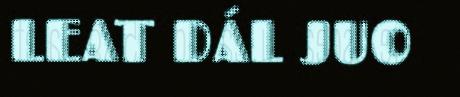
LEAT DÁL JUO